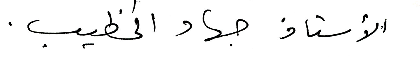
الأستاذ جهاد الخطيب.